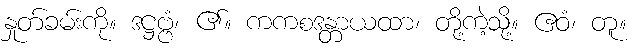
နှုတ်ခမ်းကို။ ဒဋ္ဌဗ္ဗံ၊ ၏။ ကကစဒန္တာယထာ၊ တို့ကဲ့သို့။ ဧဝံ၊ တူ။